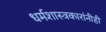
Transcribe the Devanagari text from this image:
धर्मशास्त्रकारांनीही